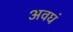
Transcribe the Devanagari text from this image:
अवघं